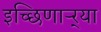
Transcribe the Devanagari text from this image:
इच्छिणाऱ्र्‍या